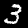
Label: 3